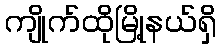
ကျိုက်ထိုမြို့နယ်ရှိ